Account of plague administration in the Bombay Presidency from September 1896 till May 1897
Year: 1896
Disease focus: Plague
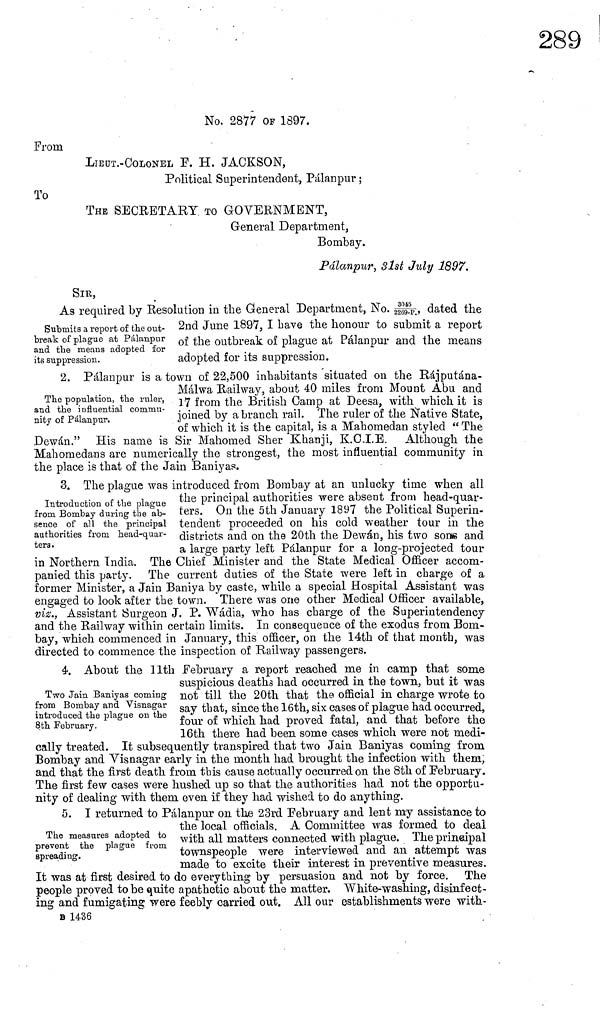
No. 2877 OF 1897.
From
LIEOT.-COLONEL F. H. JACKSON,
Political Superintendent, Pálanpur ;
To
THE SECRETARY TO GOVERNMENT,
General Department,
Bombay.
Pálanpur, 31st July 1897.
SIR,
Submits a report of the out-
break of plague at Palanpur
and the means adopted for
its suppression.
As required bv Resolution in the General Department, No. 3045, dated the
2nd June 1897, I have the honour to submit a report
of the outbreak of plague at Palanpur and the means
adopted for its suppression.
The population, the ruler,
and the influential commu-
nity of Palanpur.
2. Palanpur is a town of 22,500 inhabitants situated on the Rájputána-
Málwa Railway, about 40 miles from Mount Abu and
17 from the British Camp at Deesa, with which it is
joined by a branch rail. The ruler of the Native State,
of which it is the capital, is a Mahomedan styled " The
Dewán." His name is Sir Mahomed Sher Khanji, K.O.I.E. Although the
Mahomedans are numerically the strongest, the most influential community in
the place is that of the Jain Baniyas.
Introduction of the plague
from Bombay during the ab-
sence of all the principal
authorities from head-quar-
ters.
3. The plague was introduced from Bombay at an unlucky time when all
the principal authorities were absent from head-quar-
ters. On the 5th January 1897 the Political Superin-
tendent proceeded on his cold weather tour in the
districts and on the 20th the Dewán, his two some and
a large party left Palanpur for a long-proiected tour
in Northern India. The Chief Minister and the State Medical Officer accom-
panied this party. The current duties of the State were left in charge of a
former Minister, a Jain Baniya by caste, while a special Hospital Assistant was
engaged to look after the town. There was one other Medical Officer available,
vie., Assistant Surgeon J. P. Wádia, who has charge of the Superintendence
and the Railway within certain limits. In consequence of the exodus from Bom-
bay, which commenced in January, this officer, on the 14th of that month, was
directed to commence the inspection of Railway passengers.
Two Jain Baniyas coming
from Bombay and Yisnagar
introduced the plague on the
8th February.
4. About the 11th February a report reached me in camp that some
suspicious deaths had occurred m the town, but it was
not till the 20th that the official in charge wrote to
say that, since the 16th, six cases of plague had occurred,
four of which had proved fatal, and that before the
16th there had been some cases which were not medi-
cally treated. It subsequently transpired that two Jain Baniyas coming from
Bombay and Yisnagar early in the month had brought the infection with them,
and that the first death from this cause actually occurred on the 8th of February.
The first few cases were hushed up so that the authorities had not the opportu-
nity of dealing with them, even if they had wished to do anything.
The measures adopted to
prevent the plague from
spreading.
5. I returned to Palanpur on the 23rd February and lent my assistance to
tne local offcials. A Committee was formed to deal
with all matters connected with plague. The principal
townspeople were interviewed and an attempt was
made to excite their interest in preventive measures.
It was at first desired to do everything by persuasion and not by force. The
people proved to be quite apathetic about the matter. White-washing, disinfect-
ing and fumigating were feebly carried out. All our establishments were with-
B 1436